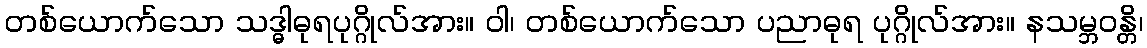
တစ်ယောက်သော သဒ္ဓါဓုရပုဂ္ဂိုလ်အား။ ဝါ၊ တစ်ယောက်သော ပညာဓုရ ပုဂ္ဂိုလ်အား။ နသမ္ဘဝန္တိ၊